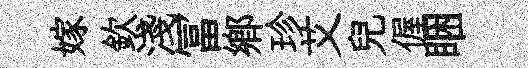
嫁欽淺冨鄕珍艾兒偓睏